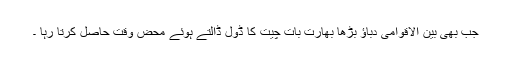
جب بھی بین الاقوامی دباﺅ بڑھا بھارت بات چیت کا ڈول ڈالتے ہوئے محض وقت حاصل کرتا رہا ۔